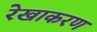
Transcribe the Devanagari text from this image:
रेखाकरण